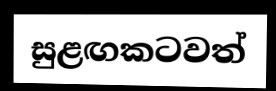
සුළඟකටවත්